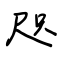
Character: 咫